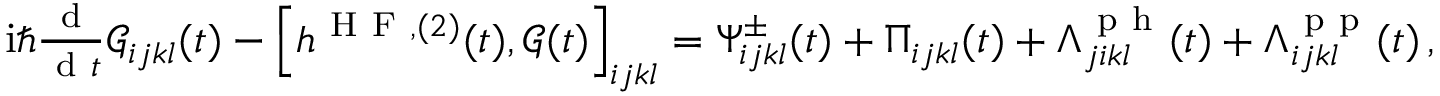
\begin{array} { r } { \mathrm { i } \hbar \frac { \mathrm { ~ d ~ } } { \mathrm { ~ d ~ } t } \mathcal { G } _ { i j k l } ( t ) - \left[ h ^ { \mathrm { ~ H ~ F ~ } , ( 2 ) } ( t ) , \mathcal { G } ( t ) \right] _ { i j k l } = \Psi _ { i j k l } ^ { \pm } ( t ) + \Pi _ { i j k l } ( t ) + \Lambda _ { j i k l } ^ { \mathrm { ~ p ~ h ~ } } ( t ) + \Lambda _ { i j k l } ^ { \mathrm { ~ p ~ p ~ } } ( t ) \, , } \end{array}